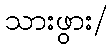
သားဖွား/